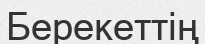
Берекеттің